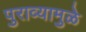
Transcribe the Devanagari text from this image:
पुराव्यामुळे